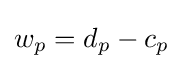
w_{p}=d_{p}-c_{p}